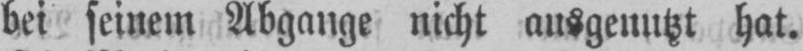
bei seinem Abgange nicht ausgenutzt hat.